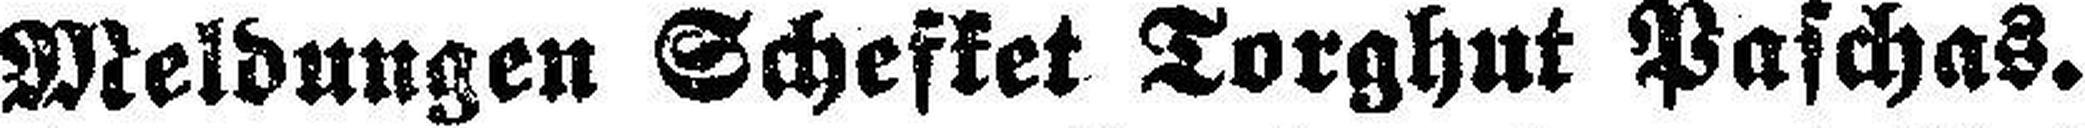
Meldungen Schefket Torghut Paschas.